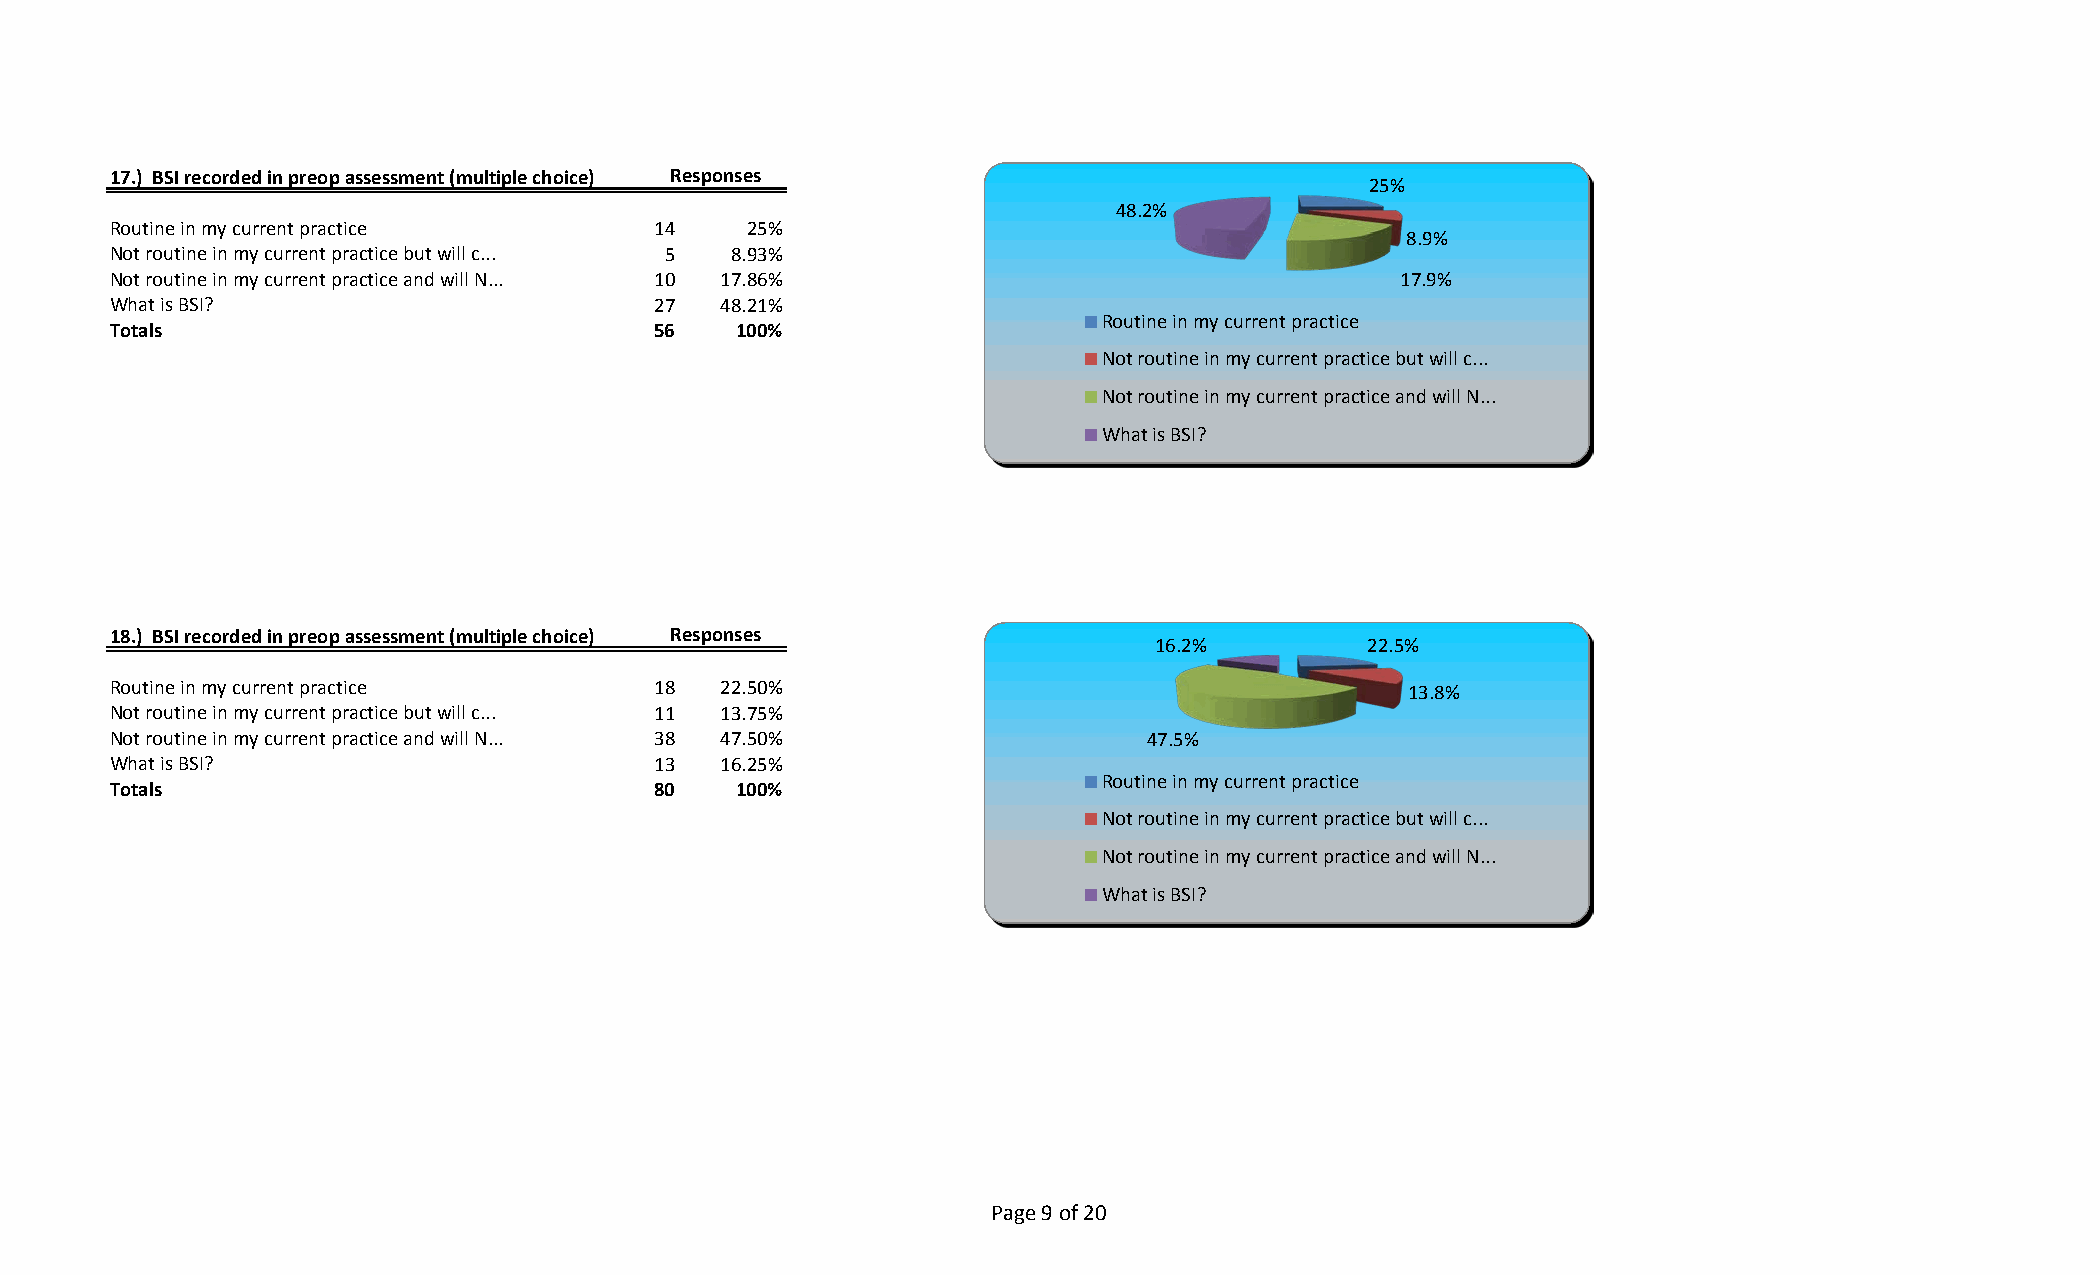
17.) BSI recorded in preop assessment (multiple choice) Responses
 25%
 48.2%
 Routine in my current practice      14    25%
 8.9%
 Not routine in my current practice but will c... 5 8.93%
 Not routine in my current practice and will N... 10 17.86%                           17.9%
 What is BSI?                        27  48.21%
 Routine in my current practice
 Totals                              56   100%
 Not routine in my current practice but will c...
 Not routine in my current practice and will N...
 What is BSI?
 18.) BSI recorded in preop assessment (multiple choice) Responses
 16.2%         22.5%
 Routine in my current practice      18  22.50%                                        13.8%
 Not routine in my current practice but will c... 11 13.75%
 Not routine in my current practice and will N... 38 47.50%           47.5%
 What is BSI?                        13  16.25%
 Routine in my current practice
 Totals                              80   100%
 Not routine in my current practice but will c...
 Not routine in my current practice and will N...
 What is BSI?
 Page 9 of 20